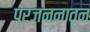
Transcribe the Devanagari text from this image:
प्रजननातून